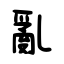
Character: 亂